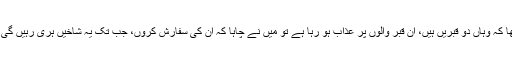
آپﷺ نے فرمایا کہ میں نے دیکھا کہ وہاں دو قبریں ہیں، ان قبر والوں پر عذاب ہو رہا ہے تو میں نے چاہا کہ ان کی سفارش کروں، جب تک یہ شاخیں ہری رہیں گی شاید ان کے عذاب میں تخفیف ہو۔